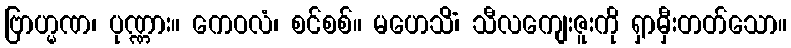
ဗြာဟ္မဏ၊ ပုဏ္ဏား။ ကေဝလံ၊ စင်စစ်။ မဟေသိံ၊ သီလကျေးဇူးကို ရှာမှီးတတ်သော။